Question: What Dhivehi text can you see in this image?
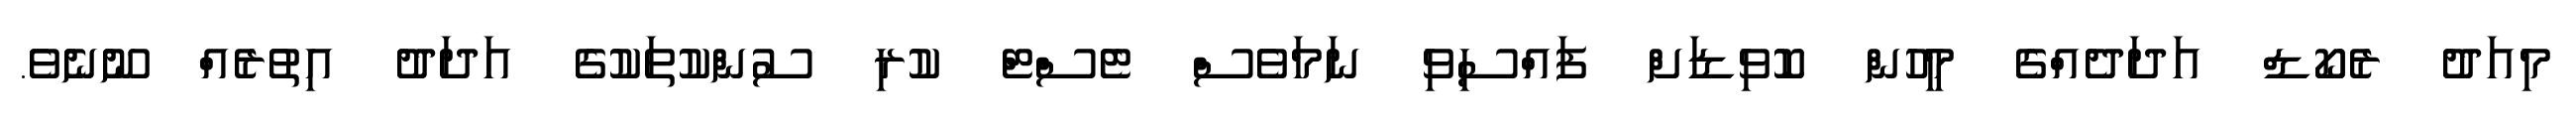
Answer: މިއަދު ރެކޯޑް އަދަދެއްގެ މީހުން ކޮވިޑަށް ފައްސިވި ނަމަވެސް ޓެސްޓް ކުރި ސުންކުތަކުގެ އަދަދު އިތުރެއް ނޫނެވެ.